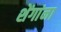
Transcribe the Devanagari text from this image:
शेंगांना